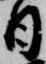
日